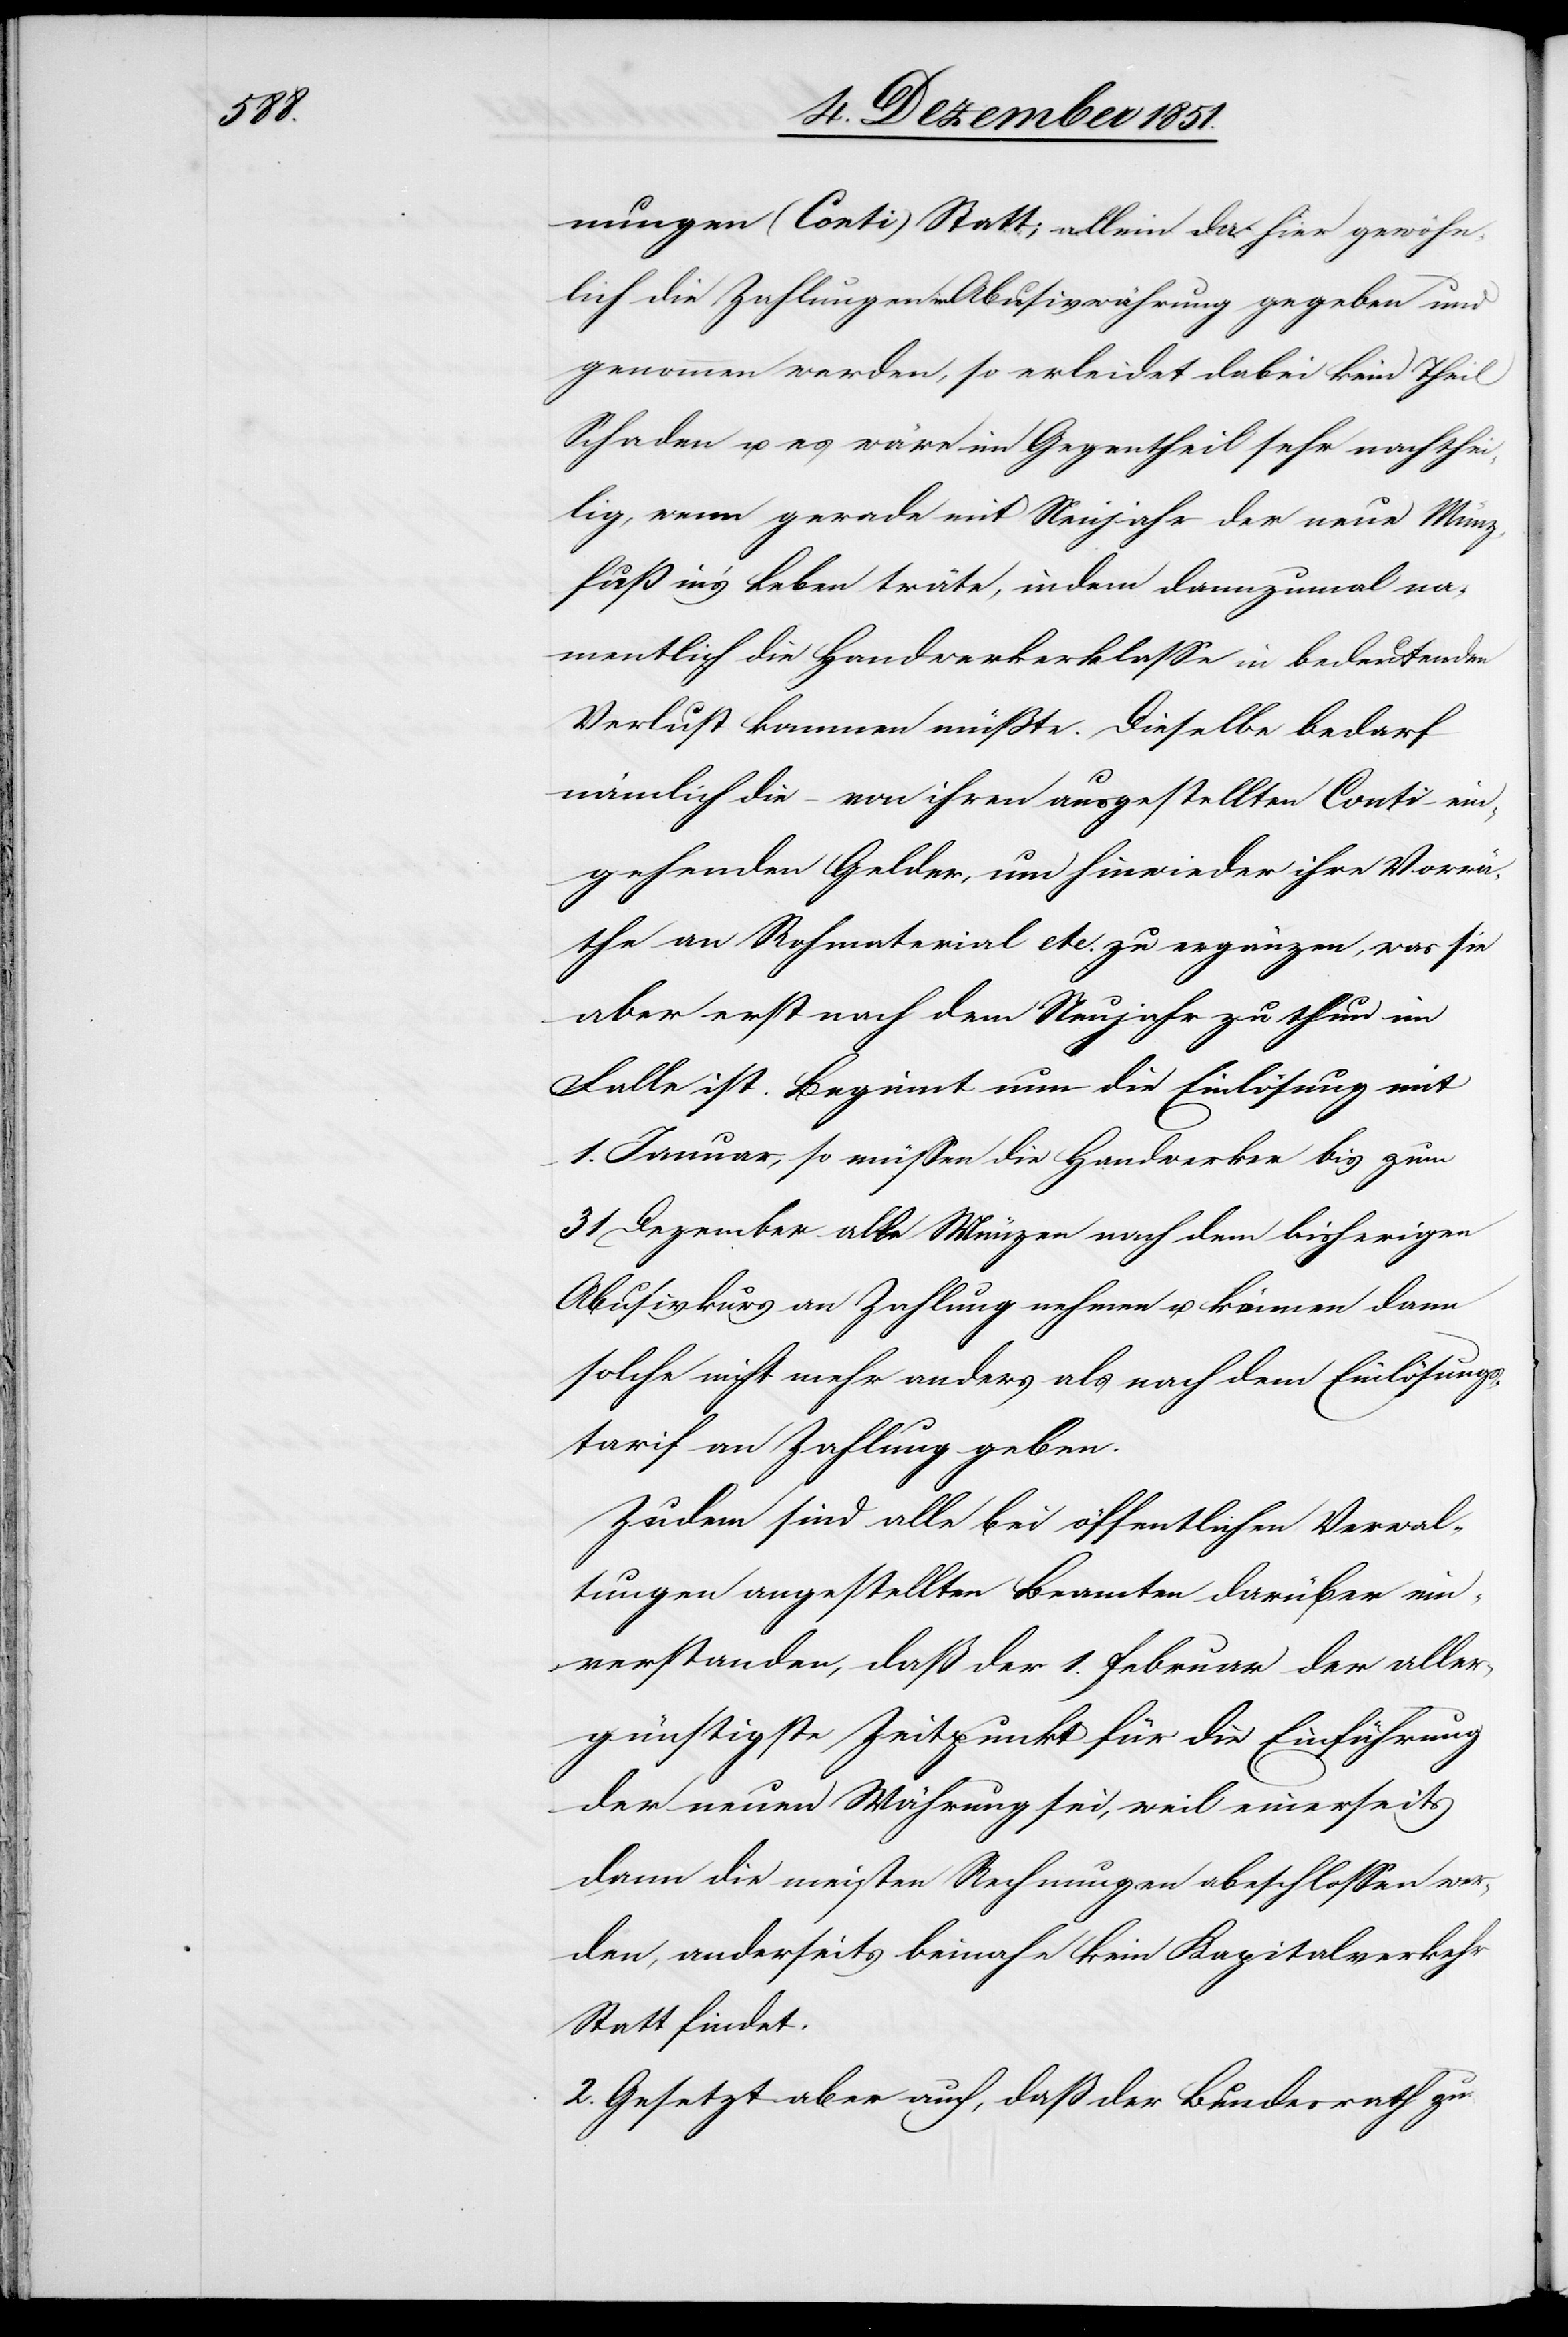
nungen (Conti) Statt; allein da hier gewöhn¬
lich die Zahlungen in Abusivwährung gegeben und
genommen werden, so erleidet dabei kein Theil
Schaden u. es wäre im Gegentheil sehr nachthei¬
lig, wenn gerade mit Neujahr der neue Münz¬
fuß in’s Leben träte, indem dannzumal na¬
mentlich die Handwerkerklasse in bedeutenden
Verlust kommen müßte. Dieselbe bedarf
nämlich die – von ihren ausgestellten Conti – ein¬
gehenden Gelder, um hinwieder ihre Vorrä¬
the an Rohmaterial etc. zu ergänzen, was sie
aber erst nach dem Neujahr zu thun im
Falle ist. Beginnt nun die Einlösung mit
1. Januar, so müssen die Handwerker bis zum
31 Dezember alle Münzen nach dem bisherigen
Abusivkurs an Zahlung nehmen u. können dann
solche nicht mehr anders als nach dem Einlösungs¬
tarif an Zahlung geben.
Zudem sind alle bei öffentlichen Verwal¬
tungen angestellten Beamten darüber ein¬
verstanden, daß der 1. Februar der aller¬
günstigste Zeitpunkt für die Einführung
der neuen Währung sei, weil einerseits
dann die meisten Rechnungen ab[g]eschlossen wer¬
den, anderseits beinahe kein Kapitalverkehr
Statt findet.
2. Gesetzt aber auch, daß der Bundesrath zu